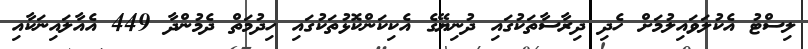
ލިސްޓު އެކުލަަވައިލުމަށް ހެދި ދިރާސާތަކުގައި ދުނިޔޭގެ އެކިކަންކޮޅުތަކުގައި ހިދުމަތް ދެމުންދާ 449 އެއާލައިނަކާއި